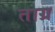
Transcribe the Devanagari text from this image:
ताग्र